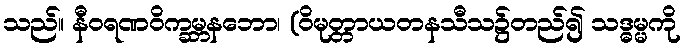
သည်။ နီဝရဏဝိက္ခမ္ဘနဘော၊ (ဝိမုတ္တာယတနသီသ၌တည်၍ သဒ္ဓမ္မကို